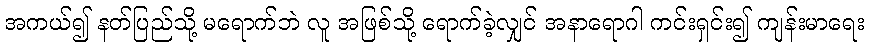
အကယ်၍ နတ်ပြည်သို့ မရောက်ဘဲ လူ အဖြစ်သို့ ရောက်ခဲ့လျှင် အနာရောဂါ ကင်းရှင်း၍ ကျန်းမာရေး